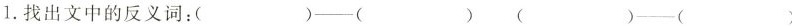
1.找出文中的反义词：( )─-( ) ( )─( )